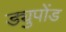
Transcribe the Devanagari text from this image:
ड्युपोंड